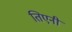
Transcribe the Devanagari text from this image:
तिएनी